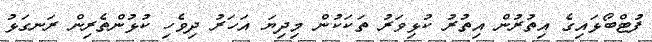
ފުޓްބޯޅައިގެ އިތުރުން އިތުރު ކުޅިވަރު ތަކަކުން މިދިޔަ އަހަރު ދިވެހި ކުޅުންތެރިން ރަނގަޅު